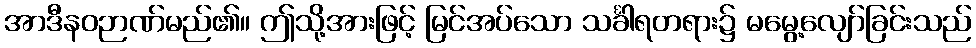
အာဒီနဝဉာဏ်မည်၏။ ဤသို့အားဖြင့် မြင်အပ်သော သင်္ခါရတရား၌ မမွေ့လျော်ခြင်းသည်